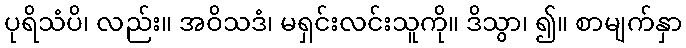
ပုရိသံပိ၊ လည်း။ အဝိသဒံ၊ မရှင်းလင်းသူကို။ ဒိသွာ၊ ၍။ စာမျက်နှာ